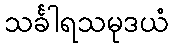
သင်္ခါရသမုဒယံ